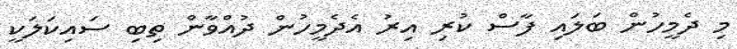
މި ދެމީހުން ބަލައި ފާސް ކުރި އިރު އެދެމީހުން ދުއްވާން ތިބި ސައިކަލަކީ